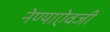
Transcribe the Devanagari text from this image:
नेण्याऐवजी